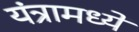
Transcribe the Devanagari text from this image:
यंत्रामध्ये